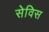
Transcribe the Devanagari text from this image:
सेविस